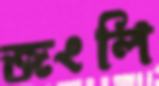
জংলি